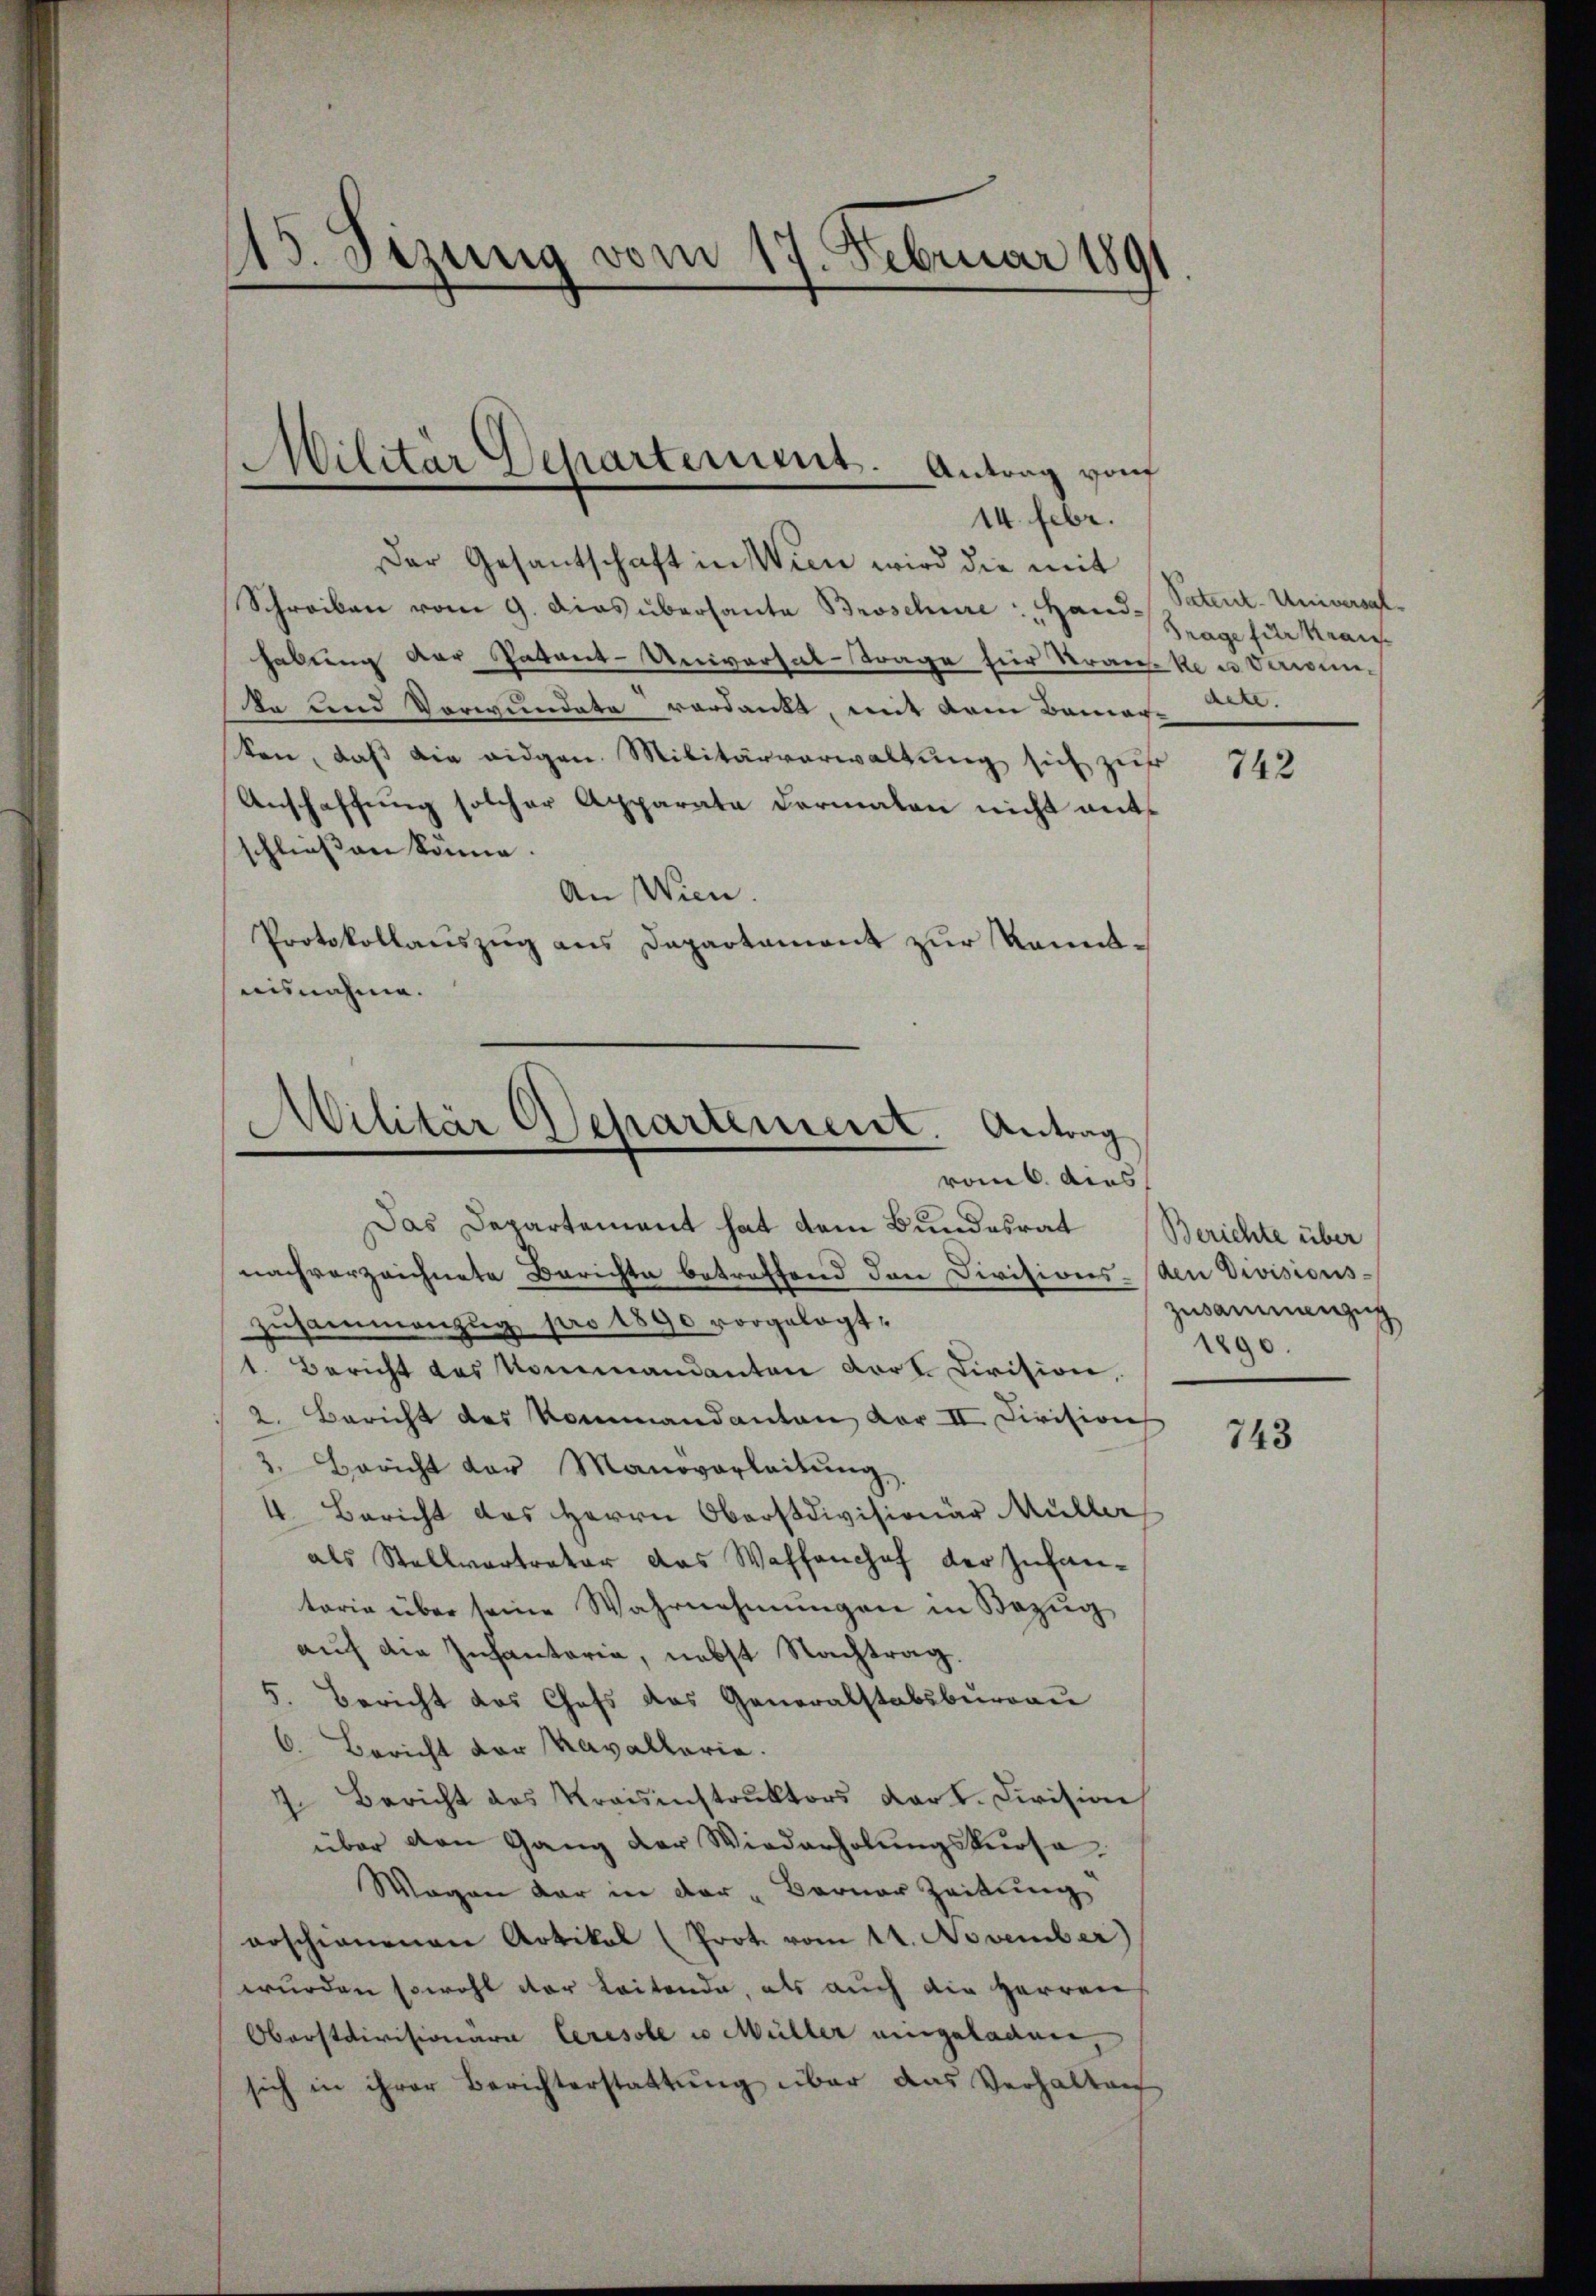
115. Sezung vom 17. Februar 1891

Militar Departement. Antrag vom
14. Febr.

Der Gesantschaft in Wien wird die mit
Schreiben vom 9. Dies überhanta Broschüre : Hand-
habung der Patant-Universal-Trage für Tranke u. Verwieta und Verwundete verdankt, mit dem Bemer-
Son, daß die eidgen. Militärverwaltung sich zur
Anschaffung solcher Apparate dermalen nicht entschließen könne.
An Wien.
Protokollauszug aus Departament zur Kenntaisnahme.

Militär Separtement. Antrag
vom 6. dies

Das Departement hat dem Bundesrat
nachverzeichnete Berichte betreffend den Divisions- den Divisions-
zusammenzug pro 1890 vorgelegt,
1. Bericht des Kommandanten Kort. Civision,
2. Bericht des Kommandanton vor II. Civision
3. Bericht der Manoverleitŭng
4. Bericht des Herrn Oberstdivisionär Müller
als Stellvertrator das Waffenhof der Zufantorie über seine Wahrnehmungen in Bezŭg
auf die Infantaria, nebst Nachtrag.
5. Bericht das Chefs des Generalstabsburgau
6. Bericht vor Kavallaria.
 Bericht des Kraisinstrŭktors Dart. Division
über den Gang der Wiederholungskurse
Wogen dar in der „Berner Zeitung
arschienenen Artikal (Prot. vom 14. November)
wurden sowohl der Leitende, als auch die Herren
Oborstdivisionara Ceresole in Müller eingeladen,
sich in ihrer Berichterstattung über das Verhaltung

Patent-Universah¬
Frage für Krai
.

742

Berichte über
Zusammenzug
1890.

743